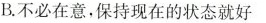
B.不必在意，保持现在的状态就好